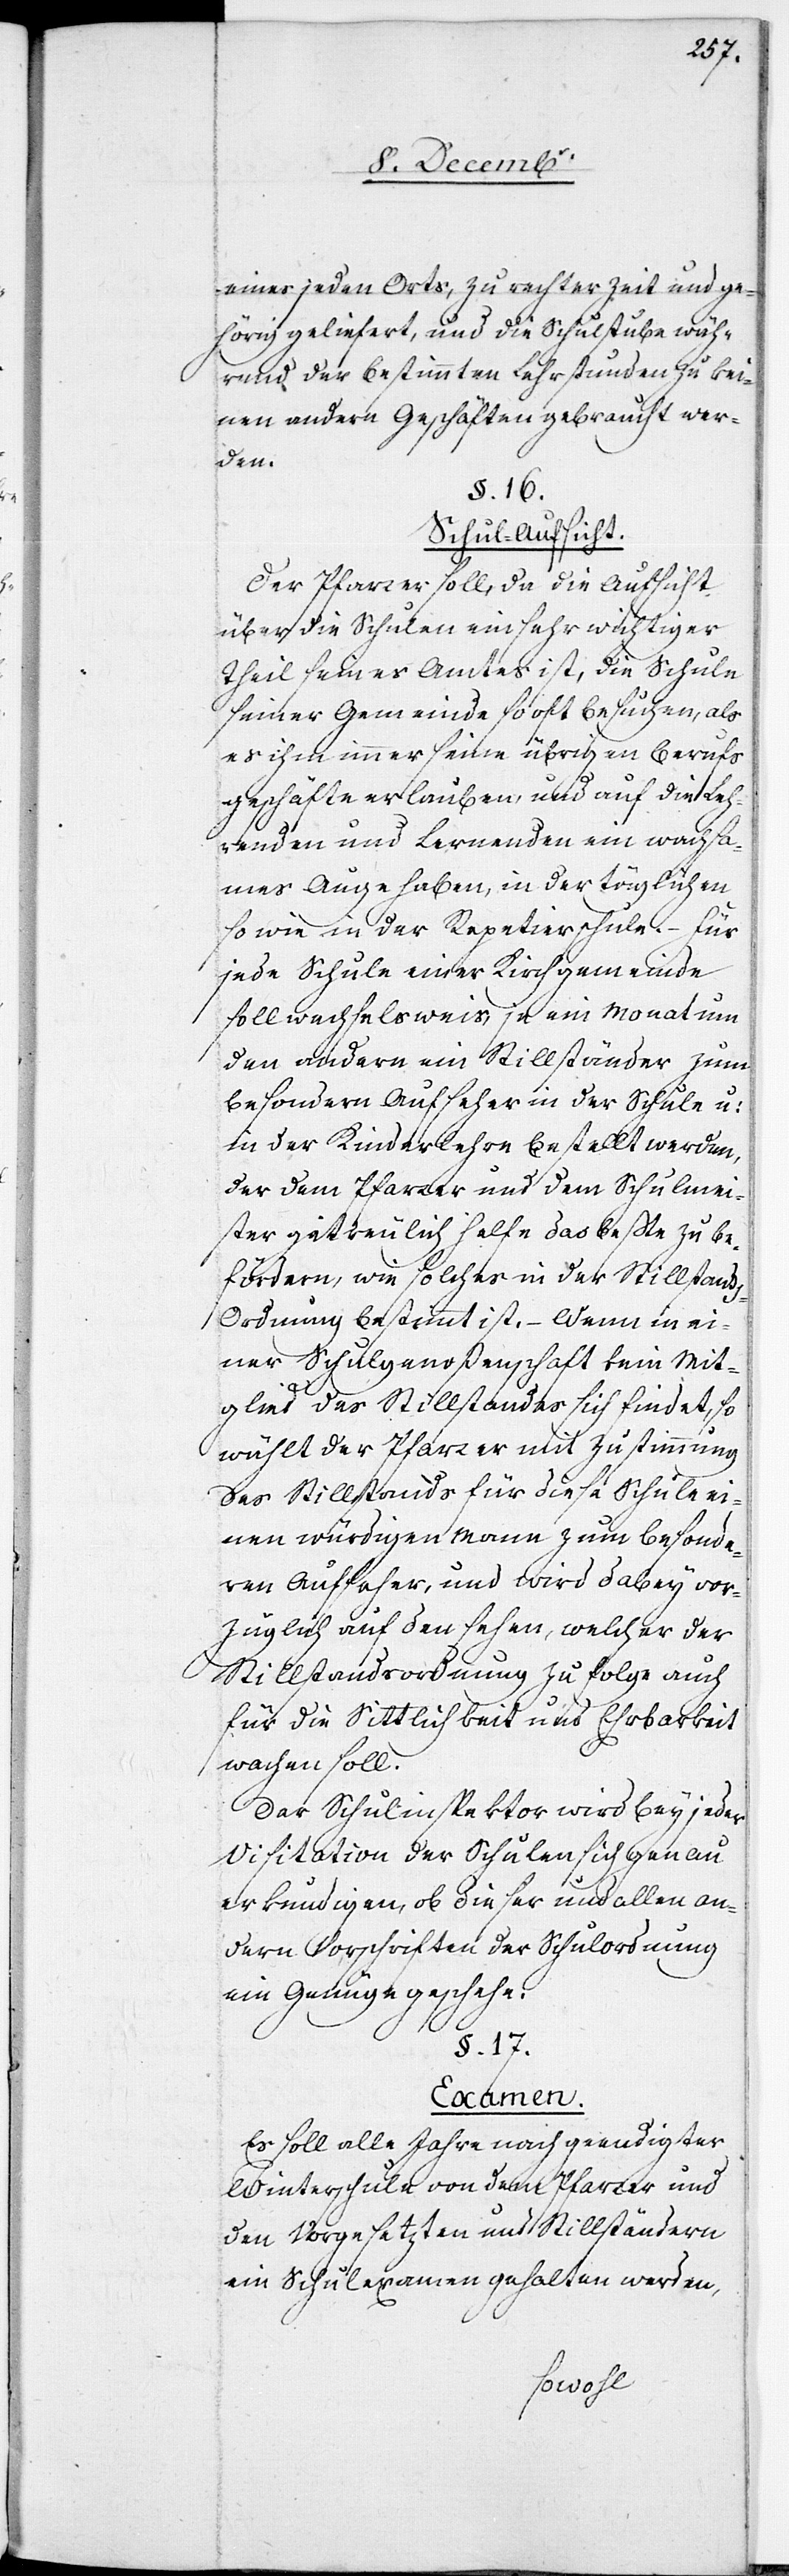
eines jeden Orts, zu rechter Zeit und ge¬
hörig geliefert, und die Schulstube wäh¬
rend der bestimmten Lehrstunden zu kei¬
nen andern Geschäften gebraucht wer¬
den.
§. 16.
Schul-Aufsicht.
Der Pfarrer soll, da die Aufsicht
über die Schulen ein sehr wichtiger
Theil seines Amtes ist, die Schule
seiner Gemeinde so oft besuchen, als
es ihm immer seine übrigen Berufs¬
geschäfte erlauben, und auf die Leh¬
renden und Lernenden ein wachsa¬
mes Auge haben, in der täglichen
so wie in der Repetierschule. – Für
jede Schule einer Kirchgemeinde
soll wechselsweis, je ein Monat um
den andern ein Stillständer zum
besondern Aufseher in der Schule u:
in der Kinderlehre bestellt werden,
der dem Pfarrer und dem Schulmei¬
ster getreulich helfe das beßte zu be¬
fördern, wie solches in der Stillstan¬
d-Ordnung bestimmt ist. – Wenn in ei¬
ner Schulgenoßenschaft kein Mit¬
glied des Stillstandes sich findet, so
wählt der Pfarrer mit Zustimmung
des Stillstands für diese Schule ei¬
nen würdigen Mann zum besonde¬
ren Aufseher, und wird dabey vor¬
züglich auf den sehen, welcher der
Stillstandsordnung zufolge auch
für die Sittlichkeit und Ehrbarkeit
wachen soll.
Der Schulinspektor wird bey jeder
Visitation der Schulen sich genau
erkundigen, ob dieser und allen an¬
dern Vorschriften der Schulordnung
ein Genüge geschehe.
§. 17.
Examen.
Es soll alle Jahre nach geendigter
Winterschule von dem Pfarrer und
den Vorgesetzten und Stillständern
ein Schulexamen gehalten werden,